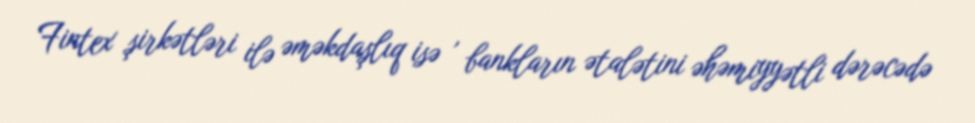
Fintex şirkətləri ilə əməkdaşlıq isə , bankların ətalətini əhəmiyyətli dərəcədə